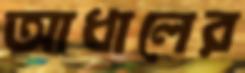
আধালের